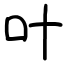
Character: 叶